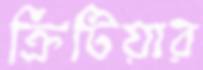
ক্রিটিয়ার